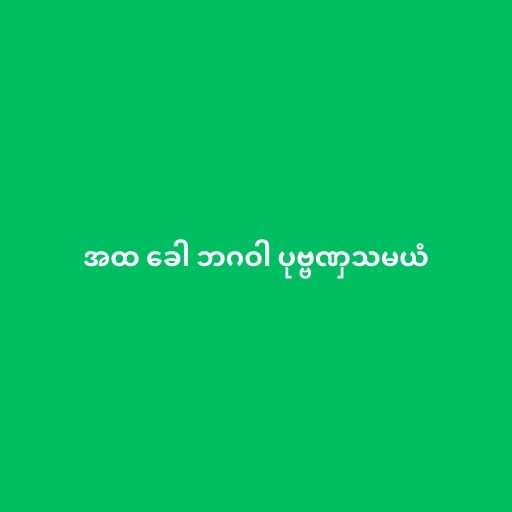
အထ ခေါ ဘဂဝါ ပုဗ္ဗဏှသမယံ